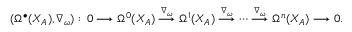
( \Omega ^ { \bullet } ( X _ { A } ) , \nabla _ { \omega } ) : \, 0 \longrightarrow \Omega ^ { 0 } ( X _ { A } ) \overset { \nabla _ { \omega } } { \longrightarrow } \Omega ^ { 1 } ( X _ { A } ) \overset { \nabla _ { \omega } } { \longrightarrow } \cdots \overset { \nabla _ { \omega } } { \longrightarrow } \Omega ^ { n } ( X _ { A } ) \longrightarrow 0 .